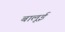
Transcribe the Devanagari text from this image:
बालूई